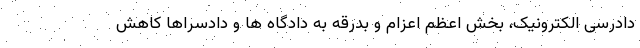
دادرسی الکترونیک، بخش اعظم اعزام و بدرقه به دادگاه ها و دادسراها کاهش